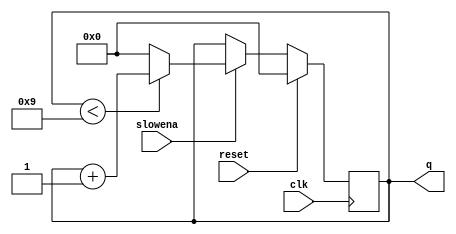
//Build a decade counter that counts from 0 through 9, inclusive, with a period of 10.
//The reset input is synchronous, and should reset the counter to 0. 
//We want to be able to pause the counter rather than always incrementing every clock cycle, 
//so the slowena input indicates when the counter should increment.

//Hint...
//This is a regular decade counter with an enable control signal

module top_module (
    input clk,
    input slowena,
    input reset,
    output [3:0] q);

    reg [3:0] count;
    
    assign q = count;
    
    always @(posedge clk) begin
        if (reset) begin
            count <= 0;
        end
        else begin
            if (slowena) begin 
                if (count < 9)
                    count <= count + 1;
                else
                    count <= 0;
            end
        end
    end

endmodule